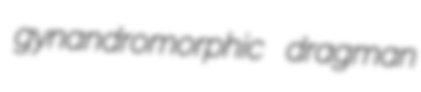
gynandromorphic dragman